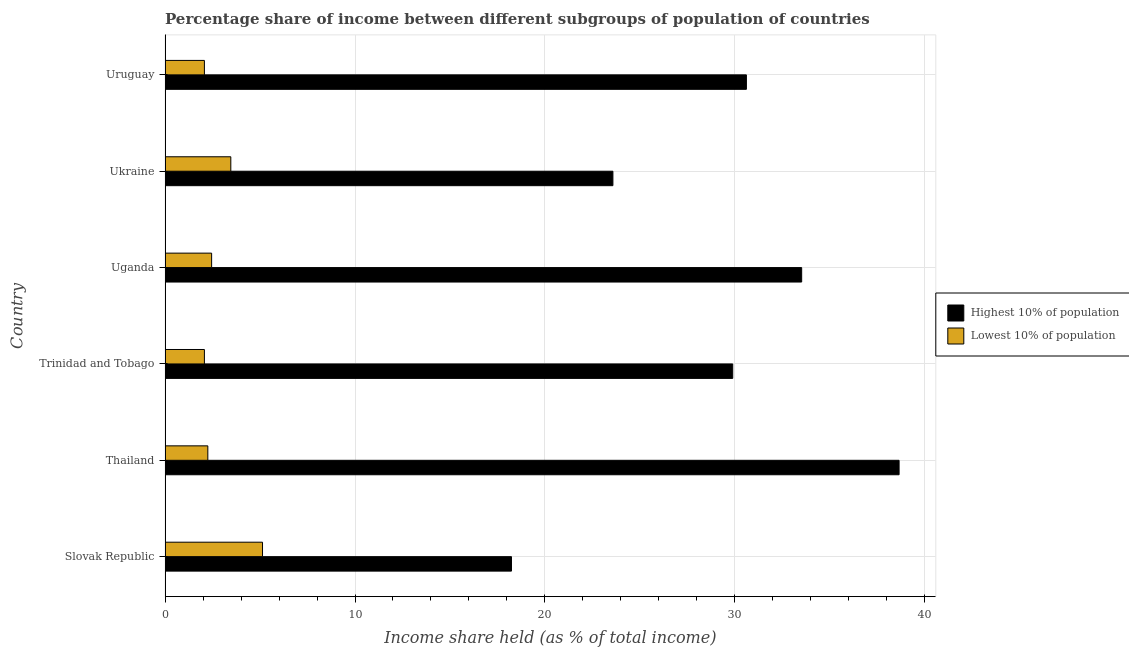
| Country | Highest 10% of population | Lowest 10% of population |
 | --- | --- | --- |
 | Slovak Republic | 18.2 | 5.13 |
 | Thailand | 38.6 | 2.25 |
 | Trinidad and Tobago | 29.9 | 2.07 |
 | Uganda | 33.5 | 2.45 |
 | Ukraine | 23.6 | 3.46 |
 | Uruguay | 30.6 | 2.07 |